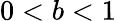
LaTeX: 0<b<1